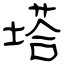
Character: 塔